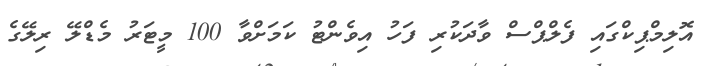
އޮލިމްޕިކްގައި ފެލްޕްސް ވާދަކުރި ފަހު އިވެންޓު ކަމަށްވާ 100 މީޓަރު މެޑްލޭ ރިލޭގެ